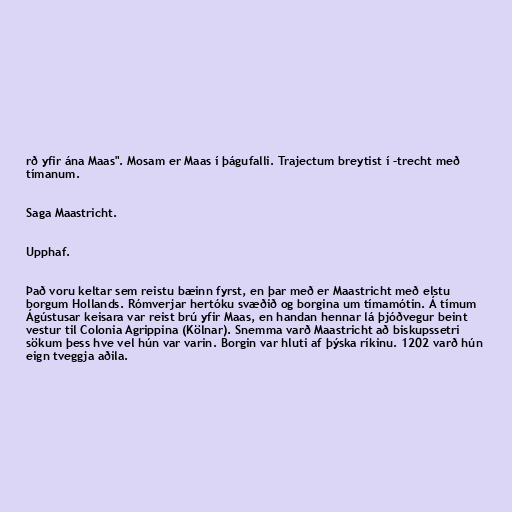
rð yfir ána Maas". Mosam er Maas í þágufalli. Trajectum breytist í –trecht með
tímanum.

Saga Maastricht.

Upphaf.

Það voru keltar sem reistu bæinn fyrst, en þar með er Maastricht með elstu
borgum Hollands. Rómverjar hertóku svæðið og borgina um tímamótin. Á tímum
Ágústusar keisara var reist brú yfir Maas, en handan hennar lá þjóðvegur beint
vestur til Colonia Agrippina (Kölnar). Snemma varð Maastricht að biskupssetri
sökum þess hve vel hún var varin. Borgin var hluti af þýska ríkinu. 1202 varð hún
eign tveggja aðila.